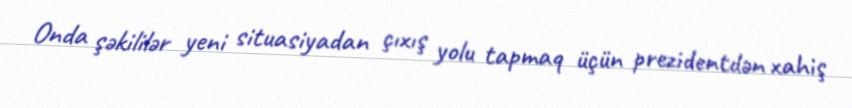
Onda şəkililər yeni situasiyadan çıxış yolu tapmaq üçün prezidentdən xahiş